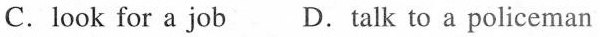
C.look for a job D.Talk to a policeman